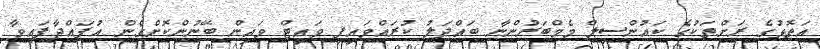
އަތޮޅުގެ ރަށްތަކުގެ ކައުންސިލް މެމްބަރުންނާ ބައްދަލު ކުރައްވައިފި ވައިޓް ވައިން ބޭނުންކޮށްގެން އުފައްދާފައިވާ